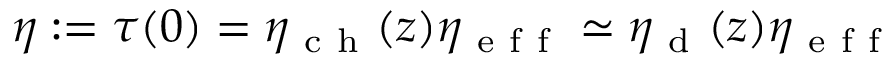
\eta : = \tau ( 0 ) = \eta _ { \mathrm { ~ c ~ h ~ } } ( z ) \eta _ { \mathrm { ~ e ~ f ~ f ~ } } \simeq \eta _ { \mathrm { ~ d ~ } } ( z ) \eta _ { \mathrm { ~ e ~ f ~ f ~ } }